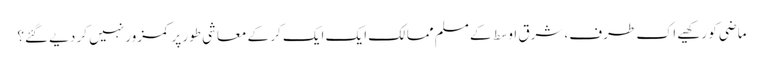
ماضی کو رکھیے اک طرف، شرق اوسط کے مسلم ممالک ایک ایک کر کے معاشی طور پر کمزور نہیں کر دیے گئے؟